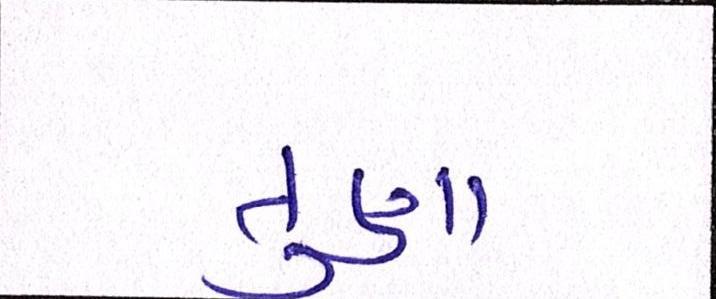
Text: તુણા